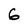
Character: 6